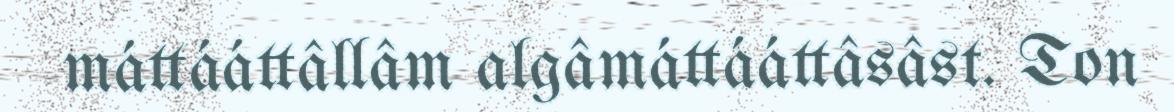
máttááttâllâm algâmáttááttâsâst. Ton